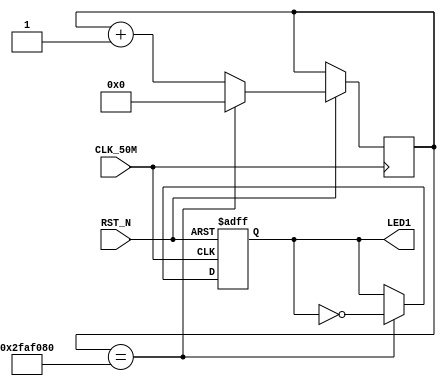
//---------------------------------------------------------------------------
//--			:	A4_Led3.v
//--			:	ZIRCON
//--			:	LED
//--		:	2014-1-1
//---------------------------------------------------------------------------
module A4_Led3									
(
	//
	CLK_50M,RST_N,
	//
	LED1
);
	
//---------------------------------------------------------------------------
//--	
//---------------------------------------------------------------------------
input 			CLK_50M;						//,50M
input				RST_N;						//,
output 			LED1;							//LED

//---------------------------------------------------------------------------
//--	
//---------------------------------------------------------------------------
reg			 	led_reg;						//
reg	[26:0]	time_cnt;					//


//1s,  (1*10^9)ns / (1/50)ns  50MHz
parameter SET_TIME_1S = 27'd50_000_000;

//---------------------------------------------------------------------------
//--		
//---------------------------------------------------------------------------
always @ (posedge CLK_50M or negedge RST_N)
	begin
		if(!RST_N)								//
			begin 		
				led_reg <= 1'b0;				//led_reg
			end
		else if (time_cnt == SET_TIME_1S)//1s
			begin
				led_reg <= ~led_reg;			//1s,
				time_cnt <= 1'b0;				//1s,
			end
		else time_cnt <= time_cnt + 1'b1;//1s,
	end

assign LED1 = led_reg;						//,LED1

endmodule